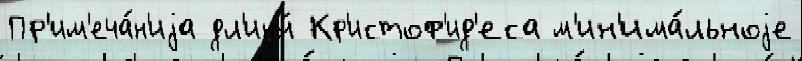
Пр'им'еча́н'иjа дл'ины́ Кр'истоф'ид'еса м'ин'има́льноjе